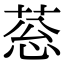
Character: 䓗